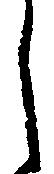
し